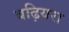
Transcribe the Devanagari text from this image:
बढ़ियरा